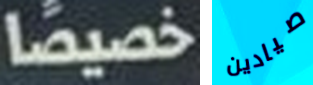
خصيصا صيادين